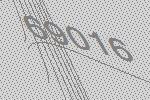
69016